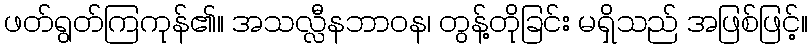
ဖတ်ရွတ်ကြကုန်၏။ အသလ္လီနဘာဝန၊ တွန့်တိုခြင်း မရှိသည် အဖြစ်ဖြင့်။